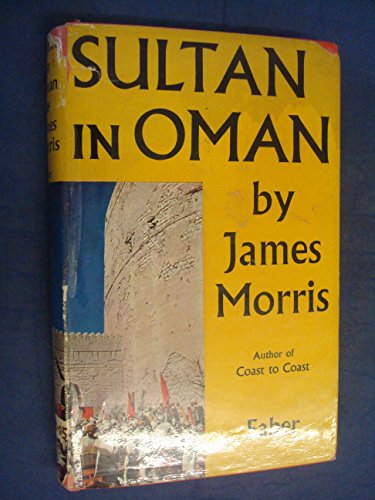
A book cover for Sultan in Oman; James Morris; History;